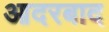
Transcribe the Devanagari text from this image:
आदरबाद